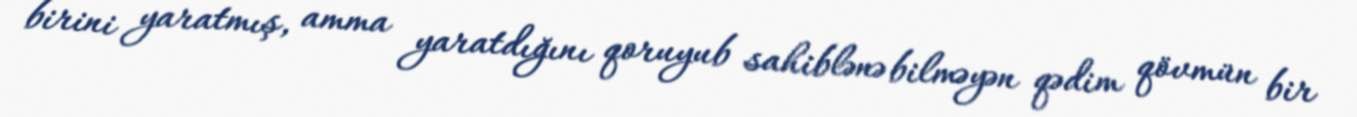
birini yaratmış, amma yaratdığını qoruyub sahiblənə bilməyən qədim qövmün bir